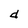
Character: d